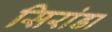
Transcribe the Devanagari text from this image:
सिरांडा